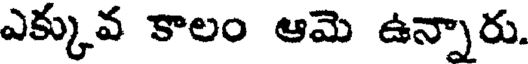
ఎక్కువ కాలం ఆమె ఉన్నారు.